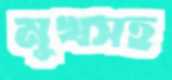
মুখসহ